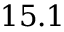
1 5 . 1